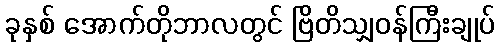
ခုနှစ် အောက်တိုဘာလတွင် ဗြိတိသျှဝန်ကြီးချုပ်